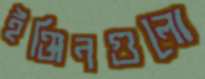
ইঞ্জিনগুলো